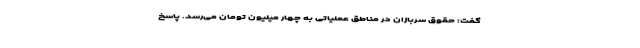
گفت: حقوق سربازان در مناطق عملیاتی به چهار میلیون تومان می‌رسد. پاسخ